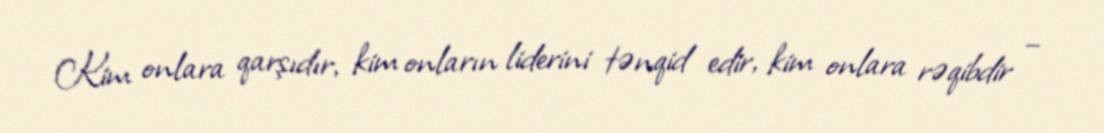
Kim onlara qarşıdır, kim onların liderini tənqid edir, kim onlara rəqibdir –